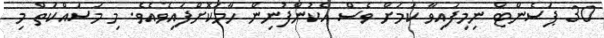
30 ޕަސެންޓް ނިމިފައިވާ ކަމަށް ވެސް އެކުންފުނިން ހާމަކޮށްފައިވެއެވެ. މި މަސައްކަތް މި